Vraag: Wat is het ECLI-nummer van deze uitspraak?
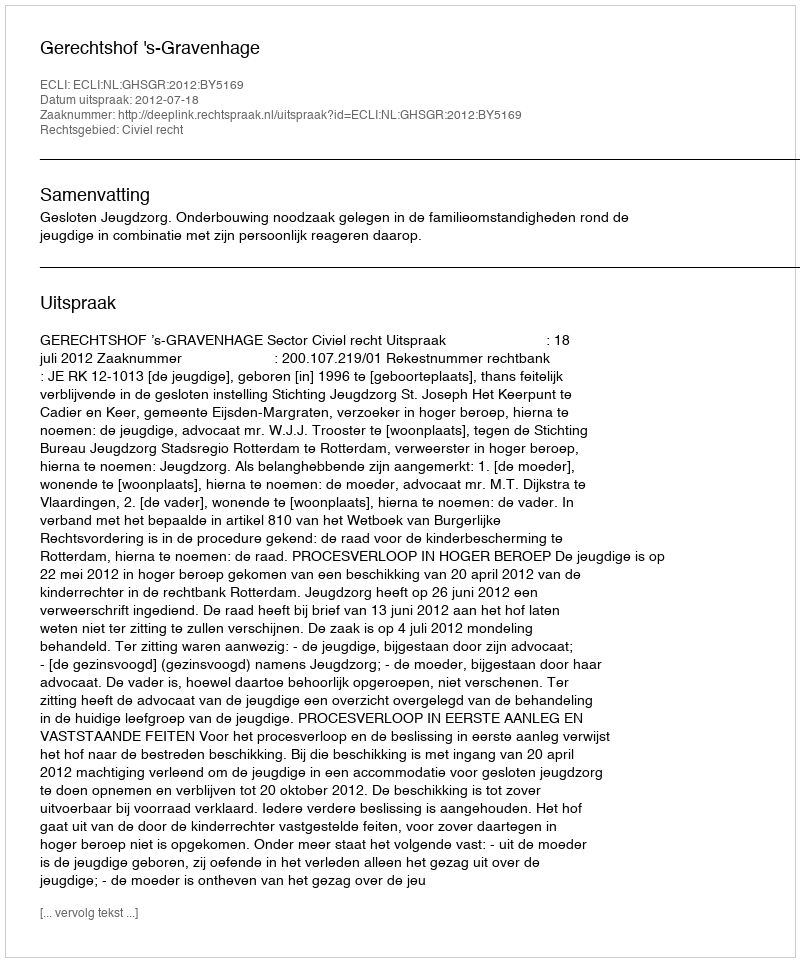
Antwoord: ECLI:NL:GHSGR:2012:BY5169